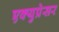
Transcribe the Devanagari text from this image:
एक्युप्रेसर